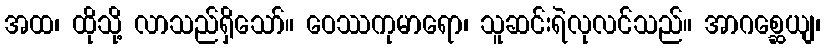
အထ၊ ထိုသို့ လာသည်ရှိသော်။ ဝေဿကုမာရော၊ သူဆင်းရဲလုလင်သည်။ အာဂစ္ဆေယျ၊